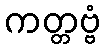
ကတ္တဗ္ဗံ